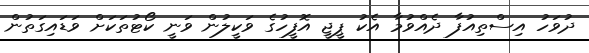
ދުވަހު އިސްތިއުފާ ދެއްވުމާ އެކު ޕީޖީ އޮފީހުގެ ވަކީލުން ވަނީ ކޯޓުތަކަށް ވަޑައިގަތުން